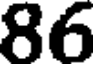
86